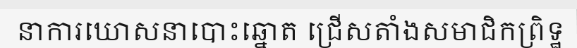
នាការឃោសនាបោះឆ្នោត ជ្រើសតាំងសមាជិកព្រិទ្ឋ